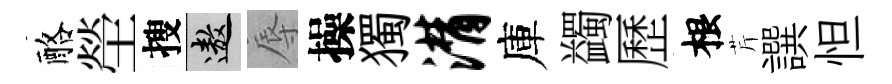
酪塋搜遨辱操獨潸庫蠲歷根芹譔怛